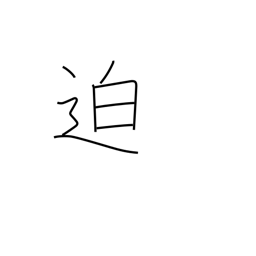
Meaning: imminent